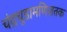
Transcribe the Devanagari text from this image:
चंद्रचूडामणिशतक